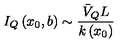
I _ { Q } \left( x _ { 0 } , b \right) \sim \frac { \bar { V } _ { Q } L } { k \left( x _ { 0 } \right) }